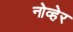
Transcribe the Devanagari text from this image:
नोव्हेर